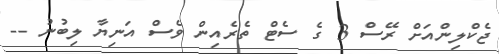
ޖެކްލިންއަށް ރޭސް 3 ގެ ސެޓް ތެރެއިން ވެސް އަނިޔާ ލިބުނު --